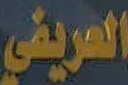
العريقي